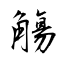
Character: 觴